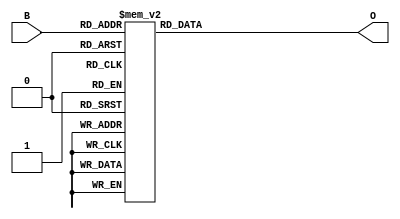
`timescale 1s / 1ns
 
module encoder(B,O);
input [2:0]B; //binary
output reg [7:0]O; //one-hot

always @(*) begin
    case(B)
        3'b000: O = 8'b00000001;
        3'b001: O = 8'b00000010;
        3'b010: O = 8'b00000100;
        3'b011: O = 8'b00001000;
        3'b100: O = 8'b00010000;
        3'b101: O = 8'b00100000;
        3'b110: O = 8'b01000000;
        3'b111: O = 8'b10000000;
        
    endcase
end

endmodule